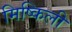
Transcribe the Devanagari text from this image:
मिष्किली